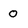
Character: 0